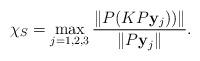
LaTeX: \begin{align*}\chi_S = \max_{j=1, 2, 3} \dfrac{\Vert P(K P{\bf y}_j)) \Vert}{ \Vert P{\bf y}_j \Vert}.\end{align*}